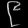
Digit: ၉